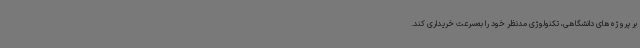
بر پروژه‌های دانشگاهی، تکنولوژی مدنظر خود را به‌سرعت خریداری کند.